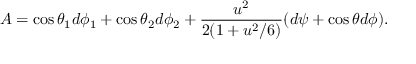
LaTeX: A = \cos { \theta _ { 1 } } d \phi _ { 1 } + \cos { \theta _ { 2 } } d \phi _ { 2 } + { \frac { u ^ { 2 } } { 2 ( 1 + u ^ { 2 } / 6 ) } } ( d \psi + \cos \theta d \phi ) .